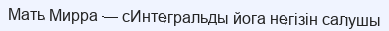
Мать Мирра — сИнтегральды йога негізін салушы